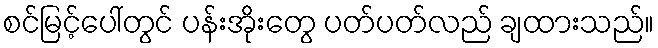
စင်မြင့်ပေါ်တွင် ပန်းအိုးတွေ ပတ်ပတ်လည် ချထားသည်။